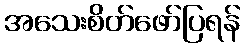
အသေးစိတ်ဖော်ပြရန်